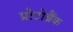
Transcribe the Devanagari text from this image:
प्रोटोब्रैंक